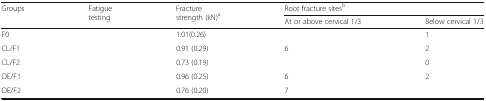
<table><thead><tr><td rowspan="2"><b>Groups</b></td><td rowspan="2"><b>Fatigue testing</b></td><td rowspan="2"><b>Fracture strength (kN)<sup>a</sup></b></td><td colspan="2"><b>Root fracture sites<sup>b</sup></b></td></tr><tr><td><b>At or above cervical 1/3</b></td><td><b>Below cervical 1/3</b></td></tr></thead><tbody><tr><td>F0</td><td>[EMPTY_CELL]</td><td>1.01(0.26)</td><td>[EMPTY_CELL]</td><td>1</td></tr><tr><td>CL/F1</td><td>[EMPTY_CELL]</td><td>0.91 (0.29)</td><td>6</td><td>2</td></tr><tr><td>CL/F2</td><td>[EMPTY_CELL]</td><td>0.73 (0.19)</td><td>[EMPTY_CELL]</td><td>0</td></tr><tr><td>OE/F1</td><td>[EMPTY_CELL]</td><td>0.96 (0.25)</td><td>6</td><td>2</td></tr><tr><td>OE/F2</td><td>[EMPTY_CELL]</td><td>0.76 (0.20)</td><td>7</td><td>[EMPTY_CELL]</td></tr></tbody></table>